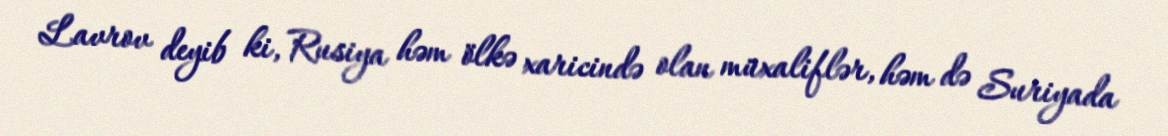
Lavrov deyib ki, Rusiya həm ölkə xaricində olan müxaliflər, həm də Suriyada